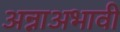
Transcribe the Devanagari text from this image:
अन्नाअभावी